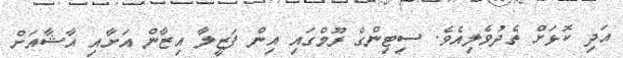
އަދި ކޮޅަށް ތެދުވެލިއެވެ. ސިޓިންގް ރޫމްގައި އިން ފަޒީލާ އިޒާން އަށާއި އާޝާއަށް